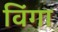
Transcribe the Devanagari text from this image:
विंगा